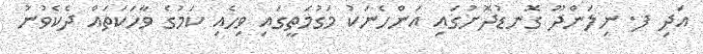
އަދި ފ. ނިލަންދޫ ގޮނޑުދޮށުގައި އަންހެނަކު މަގުމަތީގައި ވިހެއި ކަމުގެ ވާހަކަތައް ދެކެވުނު